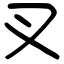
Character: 叉